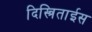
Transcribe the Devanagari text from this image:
दिस्त्रिताईस